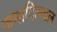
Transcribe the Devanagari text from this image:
जमादिलवल